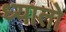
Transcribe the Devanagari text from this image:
ध्यातो